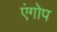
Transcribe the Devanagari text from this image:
एंगोप